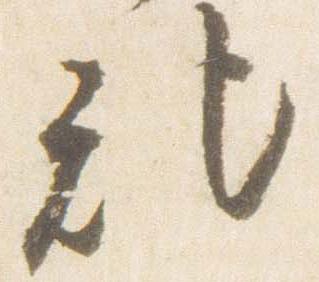
記